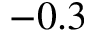
- 0 . 3